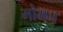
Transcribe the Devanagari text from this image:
मोमन